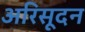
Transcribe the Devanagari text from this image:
अरिसूदन